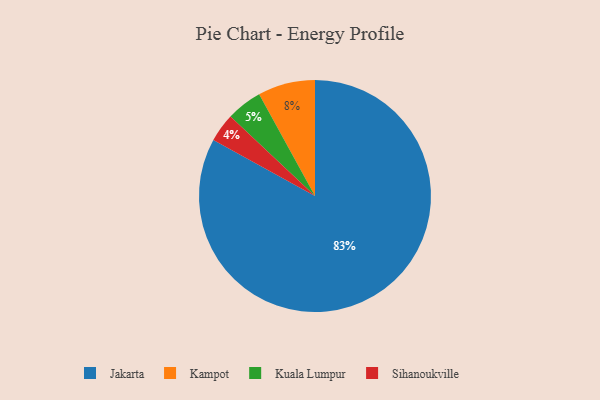
{"axis": {"x": "Category", "y": "Percentage"}, "legend": ["Jakarta", "Kampot", "Kuala Lumpur", "Sihanoukville"], "data": [{"x": "Jakarta", "y": 83, "type": "Jakarta"}, {"x": "Kuala Lumpur", "y": 5, "type": "Kuala Lumpur"}, {"x": "Sihanoukville", "y": 4, "type": "Sihanoukville"}, {"x": "Kampot", "y": 8, "type": "Kampot"}]}